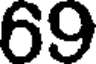
69